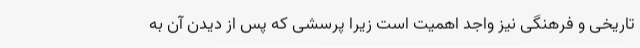
تاریخی و فرهنگی نیز واجد اهمیت است زیرا پرسشی که پس از دیدن آن به